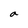
Character: a